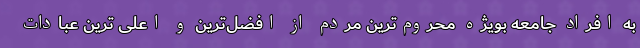
به افراد جامعه بویژه محروم‌ترین مردم از افضل‌ترین و اعلی ترین عبادات